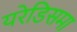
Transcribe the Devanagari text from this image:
यरेडिसमा